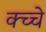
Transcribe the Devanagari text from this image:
क्च्चे